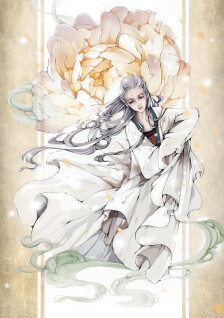
恨萧萧无情风雨，夜来揉损琼肌。